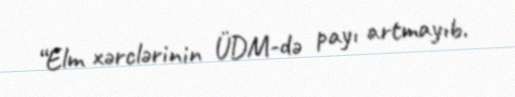
“Elm xərclərinin ÜDM-də payı artmayıb.